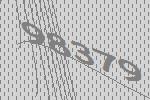
98379